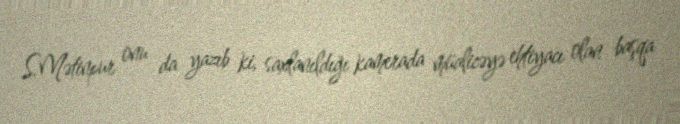
S.Mətinpur onu da yazıb ki, saxlanıldığı kamerada müalicəyə ehtiyacı olan başqa